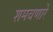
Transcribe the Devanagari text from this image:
शमवणारे